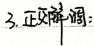
3. 正交解调：